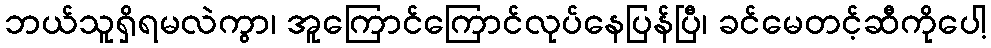
ဘယ်သူရှိရမလဲကွာ၊ အူကြောင်ကြောင်လုပ်နေပြန်ပြီ၊ ခင်မေတင့်ဆီကိုပေါ့